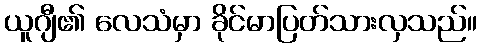
ယူဂျီ၏ လေသံမှာ ခိုင်မာပြတ်သားလှသည်။